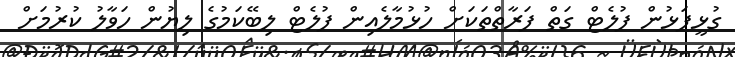
ގުޅީފަޅުން ފުލެޓް ގަތް ފަރާތްތަކަށް ހުޅުމާލެއިން ފުލެޓް ލިބޭކަމުގެ ލިޔުން ހަވާލު ކުރުމަށް